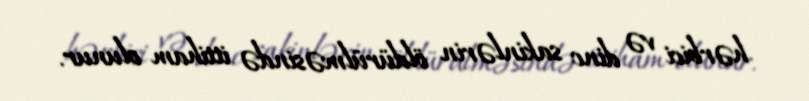
hərbici və dinc sakinlərin öldürülməsində ittiham olunur.